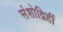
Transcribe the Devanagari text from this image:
संशोद्विहीं